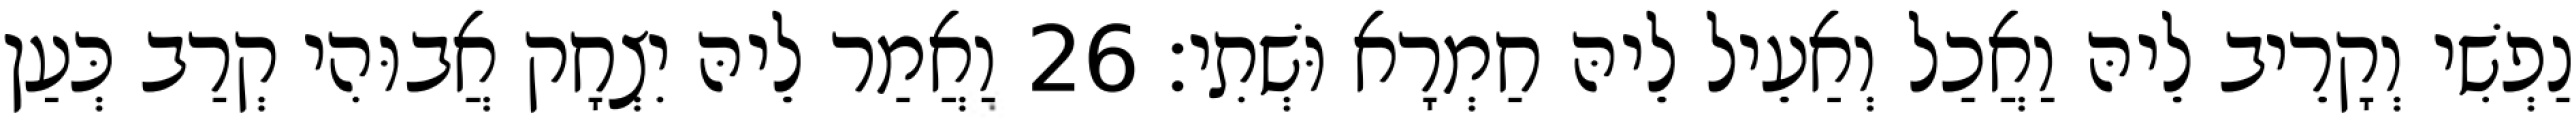
נַפְשִׁי וְקָרֵיב לֵיהּ וַאֲכַל וְאַעֵיל לֵיהּ חַמְרָא וּשְׁתִי׃ 26 וַאֲמַר לֵיהּ יִצְחָק אֲבוּהִי קְרַב כְּעַן